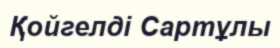
Қойгелді Сартұлы